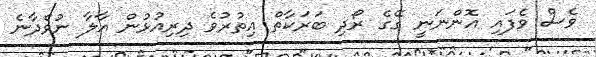
ވެސް ވެފައި އޮންނަނީ ގޭގެ ރޯދި ބަރަކާތް އިތުރުވެ ދިރިއުޅުން އާލާ ނުވެދާނެ